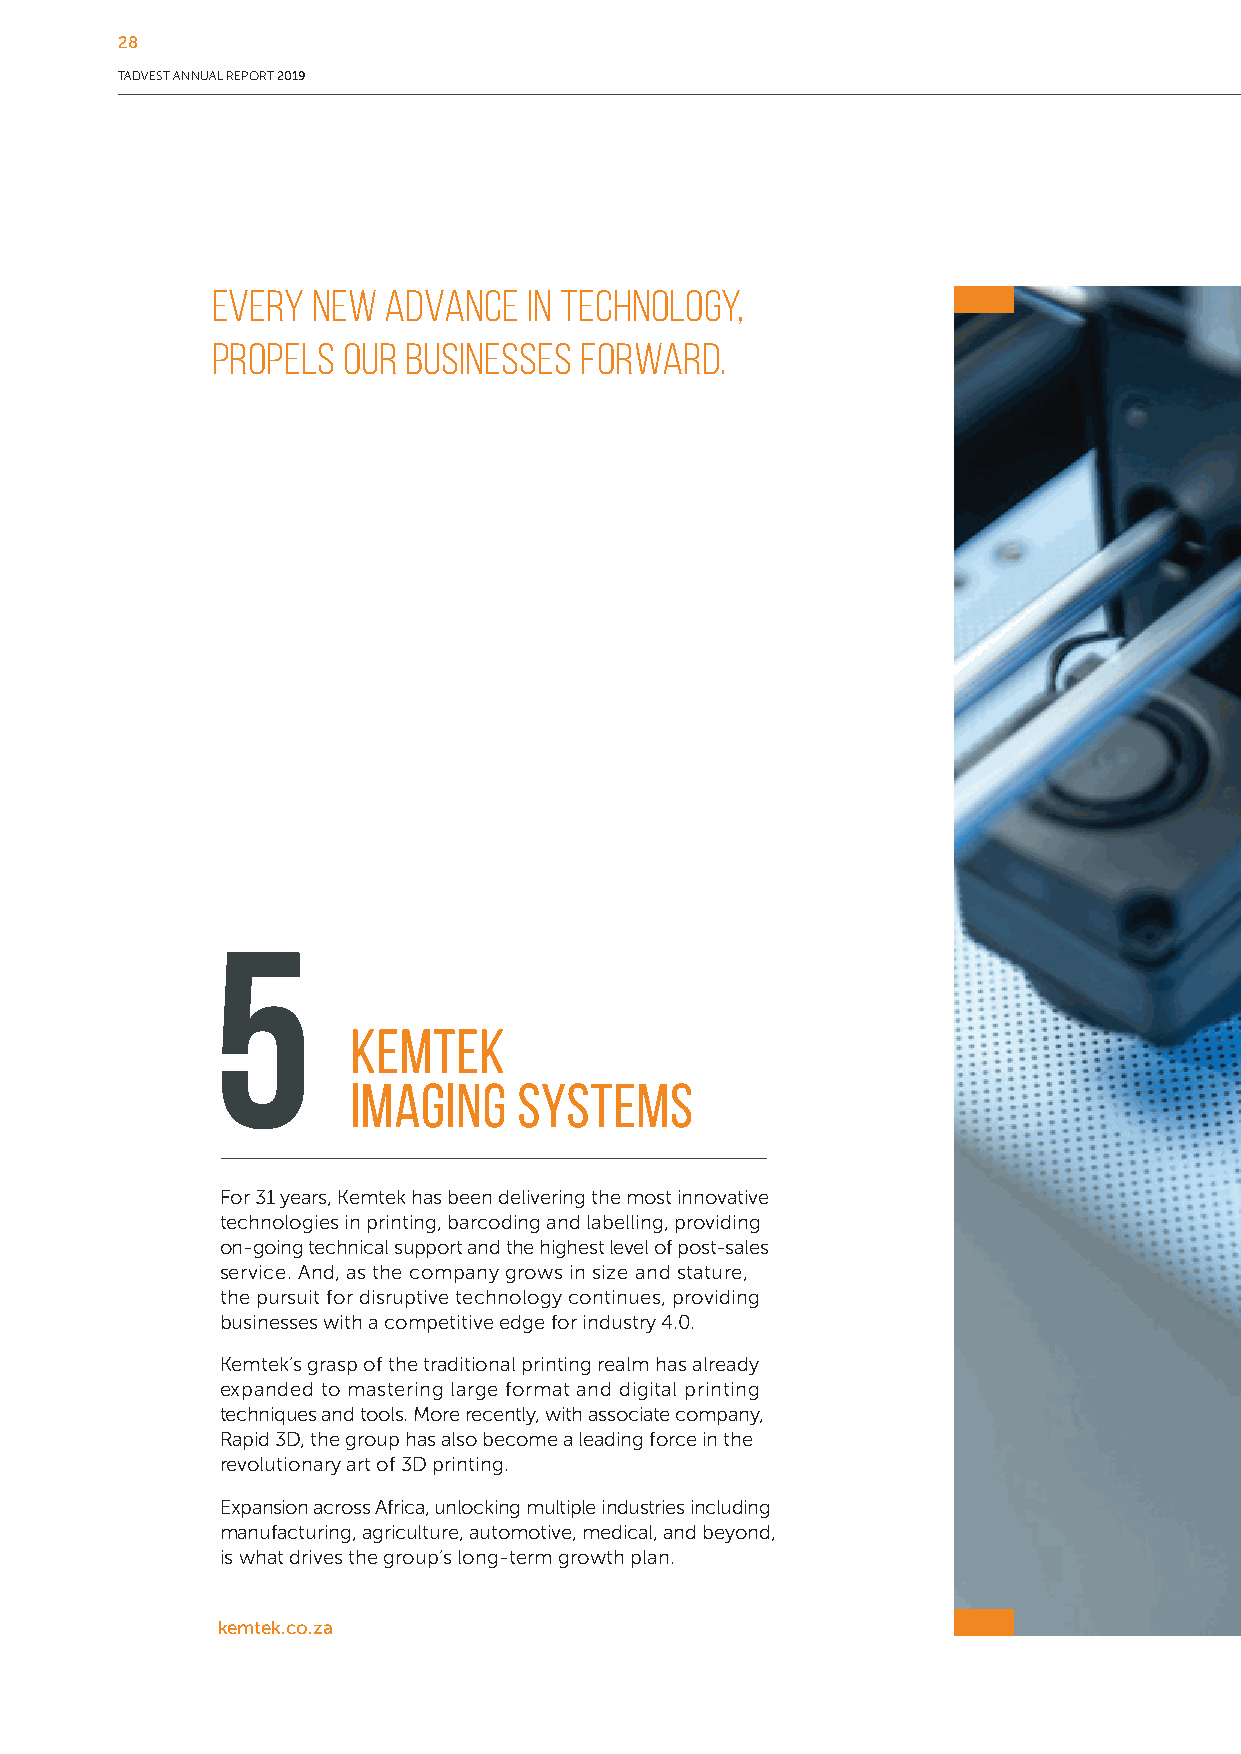
28
 TADVEST ANNUAL REPORT 2019
 Every  new advance   in technology,
 propels  our businesses forward.
 5
 Kemtek
 Imaging    Systems
 For 31 years, Kemtek has been delivering the most innovative
 technologies in printing, barcoding and labelling, providing
 on-going technical support and the highest level of post-sales
 service. And, as the company grows in size and stature,
 the pursuit for disruptive technology continues, providing
 businesses with a competitive edge for industry 4.0.
 Kemtek’s grasp of the traditional printing realm has already
 expanded to mastering large format and digital printing
 techniques and tools. More recently, with associate company,
 Rapid 3D, the group has also become a leading force in the
 revolutionary art of 3D printing.
 Expansion across Africa, unlocking multiple industries including
 manufacturing, agriculture, automotive, medical, and beyond,
 is what drives the group’s long-term growth plan.
 kemtek.co.za